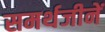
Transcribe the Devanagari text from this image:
समर्थजीनें